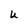
Character: U